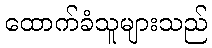
ထောက်ခံသူများသည်